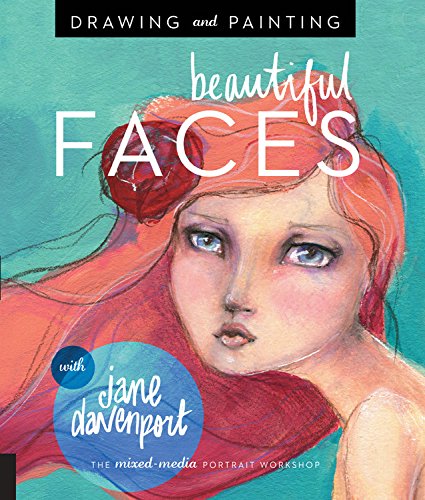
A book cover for Drawing and Painting Beautiful Faces: A Mixed-Media Portrait Workshop; Jane Davenport; Crafts, Hobbies & Home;